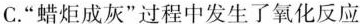
C.”蜡炬成灰”过程中发生了氧化反应